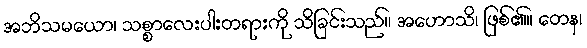
အဘိသမယော၊ သစ္စာလေးပါးတရားကို သိခြင်းသည်။ အဟောသိ၊ ဖြစ်၏။ တေန၊